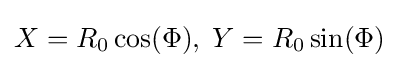
X=R_{0}\cos(\Phi ),\;Y=R_{0}\sin(\Phi )